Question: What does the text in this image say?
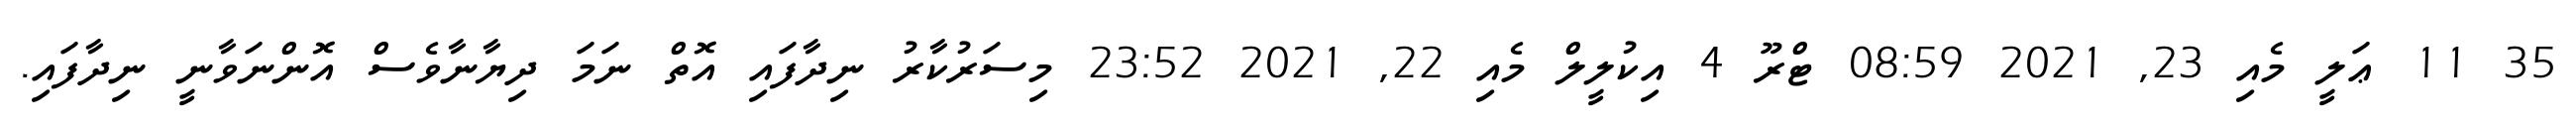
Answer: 35 11 ޢަލީ މެއި 23, 2021 08:59 ޓްރޫ 4 އިކުލީލް މެއި 22, 2021 23:52 މިސަރުކާރު ނިދާފައި އޮތް ނަމަ ދިޔާނާވެސް އޮންނަވާނީ ނިދާފައި.